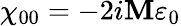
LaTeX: \chi_{00}=-2i\mathbf{M}\varepsilon_{0}